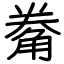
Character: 觠